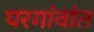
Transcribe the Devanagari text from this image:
परगांवांत